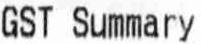
GST SUMMARY